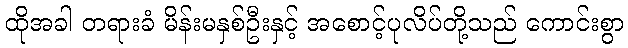
ထိုအခါ တရားခံ မိန်းမနှစ်ဦးနှင့် အစောင့်ပုလိပ်တို့သည် ကောင်းစွာ